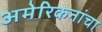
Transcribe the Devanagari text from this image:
अमेरिकनांचा